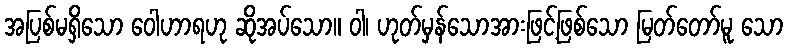
အပြစ်မရှိသော ဝေါဟာရဟု ဆိုအပ်သော။ ဝါ၊ ဟုတ်မှန်သောအားဖြင့်ဖြစ်သော မြတ်တော်မူ သော